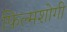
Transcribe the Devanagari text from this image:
फ़िल्मशोगी